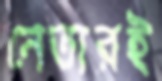
নেতারই